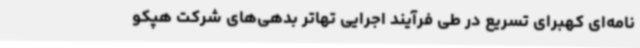
نامه‌ای کهبرای تسریع در طی فرآیند اجرایی تهاتر بدهی‌های شرکت هپکو